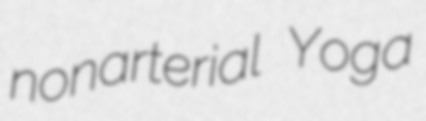
nonarterial Yoga